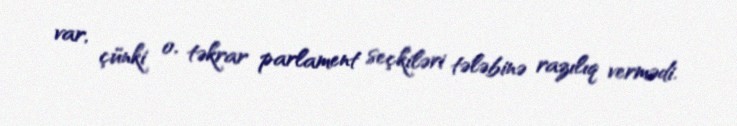
var, çünki o, təkrar parlament seçkiləri tələbinə razılıq vermədi.